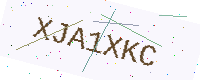
Text: XJA1XKC